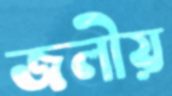
জলীয়